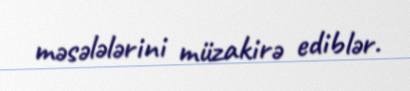
məsələlərini müzakirə ediblər.